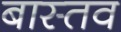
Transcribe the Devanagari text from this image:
बास्तव